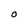
Character: O